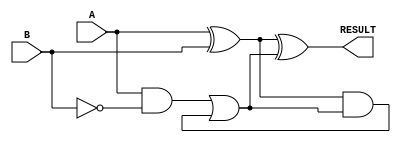
module gate_level_subtractor(
    input [3:0] A,
    input [3:0] B,
    output reg [3:0] RESULT
);

reg [3:0] NOT_B;
reg [3:0] CARRY;
reg [3:0] XOR_out;
reg [3:0] XOR_out_prime;
reg [3:0] AND_out;
reg [3:0] AND_out_prime;

assign NOT_B = ~B;

assign XOR_out = A ^ B;
assign AND_out = A & NOT_B;

always @(*) begin
    XOR_out_prime = XOR_out ^ CARRY;
    AND_out_prime = XOR_out & CARRY;

    RESULT = XOR_out_prime;
    CARRY = AND_out | AND_out_prime;
end

endmodule